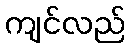
ကျင်လည်